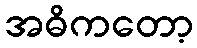
အဓိကတော့